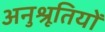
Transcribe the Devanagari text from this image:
अनुश्रूतियों